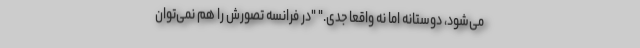
می‌شود، دوستانه اما نه واقعا جدی." "در فرانسه تصورش را هم نمی‌توان